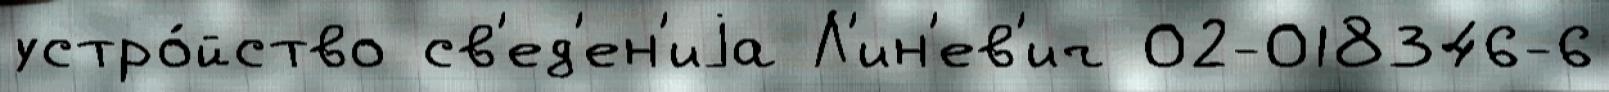
устро́йство св'ед'ен'иjа Л'ин'ев'ич 02-018346-6